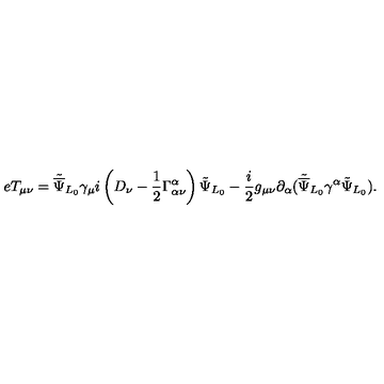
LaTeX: e T _ { \mu \nu } = { \tilde { \overline { \Psi } } _ { L _ { 0 } } } { \gamma _ { \mu } } i \left( D _ { \nu } - \frac { 1 } { 2 } \Gamma _ { \alpha \nu } ^ { \alpha } \right) { \tilde { \Psi } } _ { L _ { 0 } } - \frac { i } { 2 } g _ { \mu \nu } \partial _ { \alpha } ( { \tilde { \overline { \Psi } } } _ { L _ { 0 } } \gamma ^ { \alpha } { \tilde { \Psi } _ { L _ { 0 } } } ) . \nonumber \,